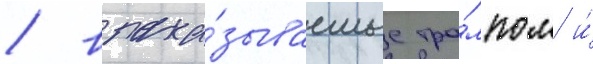
/ выска́зываемые тра́мпом и́